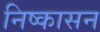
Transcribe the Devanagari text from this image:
निष्‍कासन